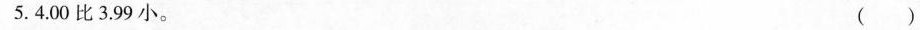
5.4.00比3.99小。 ()